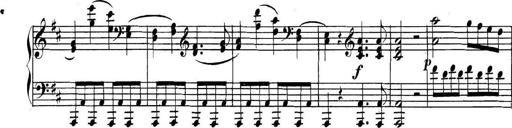
Title: Collected Piano Sonatas
Composer: Muzio Clementi